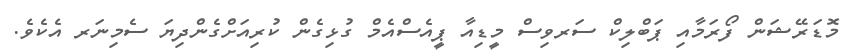
މޮޑަރޭޝަން ފޯރަމާއި ޕަބްލިކް ސަރވިސް މީޑިއާ ޕީއެސްއެމް ގުޅިގެން ކުރިއަށްގެންދިޔަ ސެމިނަރ އެކެވެ.